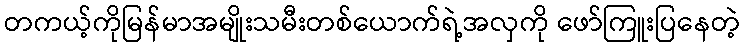
တကယ့်ကိုမြန်မာအမျိုးသမီးတစ်ယောက်ရဲ့အလှကို ဖော်ကြူးပြနေတဲ့